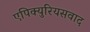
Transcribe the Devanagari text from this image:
एपिक्युरियसवाद